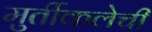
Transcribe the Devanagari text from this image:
मुर्तीकलेची